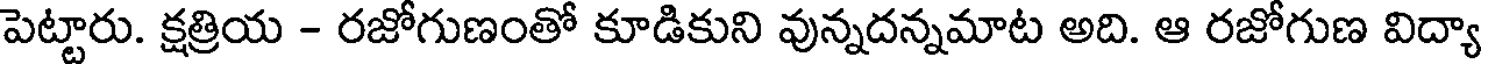
పెట్టారు. క్షత్రియ - రజోగుణంతో కూడికుని వున్నదన్నమాట అది. ఆ రజోగుణ విద్యా